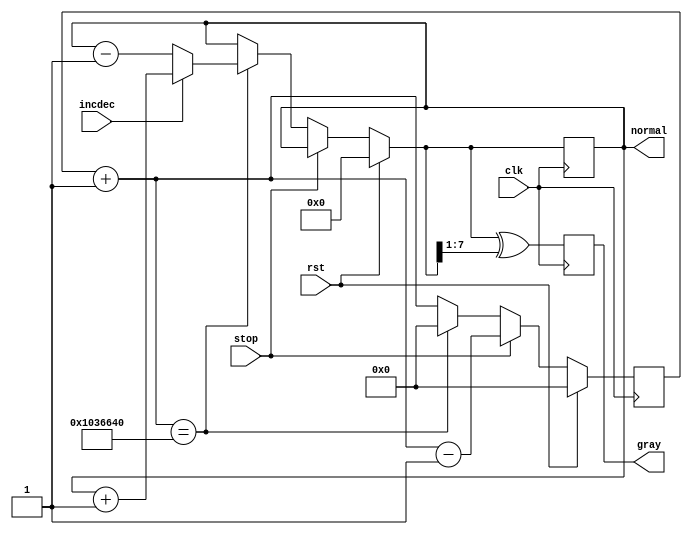
module GrayCounter(
    input clk,
    input incdec,
    input stop,
	 input rst,
    output [7:0] gray,
	 output [7:0] normal
    );
	parameter CLK_DIV = 17_000_000;
	reg [31:0] clkDiv = 32'd0;
	reg [7:0] curGray = 8'b0;
	reg [7:0] curNum = 8'b0;
	assign gray = curGray;
	assign normal = curNum;
	always @(posedge clk)
	begin
		clkDiv = clkDiv + 1;
		if (rst == 1) begin
			clkDiv = 0;
			curNum = 8'b0;
		end else if (stop == 1)
			clkDiv = clkDiv - 1;
		else if (clkDiv == CLK_DIV)
		begin
			clkDiv = 0;
			if (incdec == 1) 
				curNum = curNum + 1;
			else
				curNum = curNum - 1;
		end
		curGray = curNum ^ (curNum >> 1);
	end
endmodule